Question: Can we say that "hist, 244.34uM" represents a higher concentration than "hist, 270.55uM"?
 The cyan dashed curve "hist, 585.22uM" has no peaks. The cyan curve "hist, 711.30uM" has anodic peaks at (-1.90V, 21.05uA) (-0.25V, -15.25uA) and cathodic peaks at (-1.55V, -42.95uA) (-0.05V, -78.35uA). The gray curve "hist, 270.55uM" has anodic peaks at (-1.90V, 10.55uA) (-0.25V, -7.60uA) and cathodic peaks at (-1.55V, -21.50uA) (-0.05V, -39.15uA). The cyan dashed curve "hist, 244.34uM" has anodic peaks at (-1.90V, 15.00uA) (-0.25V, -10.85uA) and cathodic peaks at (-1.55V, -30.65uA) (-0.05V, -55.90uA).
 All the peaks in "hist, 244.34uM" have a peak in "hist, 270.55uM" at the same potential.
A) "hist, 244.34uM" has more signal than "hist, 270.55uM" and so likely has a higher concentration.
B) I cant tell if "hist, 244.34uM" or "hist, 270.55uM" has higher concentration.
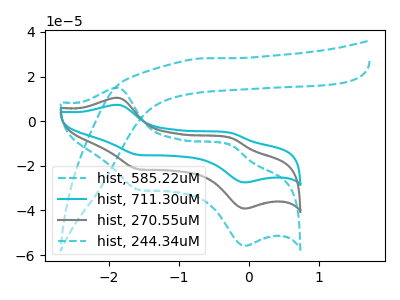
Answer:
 <answer>B) I cant tell if "hist, 244.34uM" or "hist, 270.55uM" has higher concentration.</answer>
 <eval>B</eval>